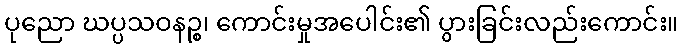
ပုညော ဃပ္ပသဝနဉ္စ၊ ကောင်းမှုအပေါင်း၏ ပွားခြင်းလည်းကောင်း။